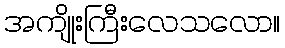
အကျိုးကြီးလေသလော။